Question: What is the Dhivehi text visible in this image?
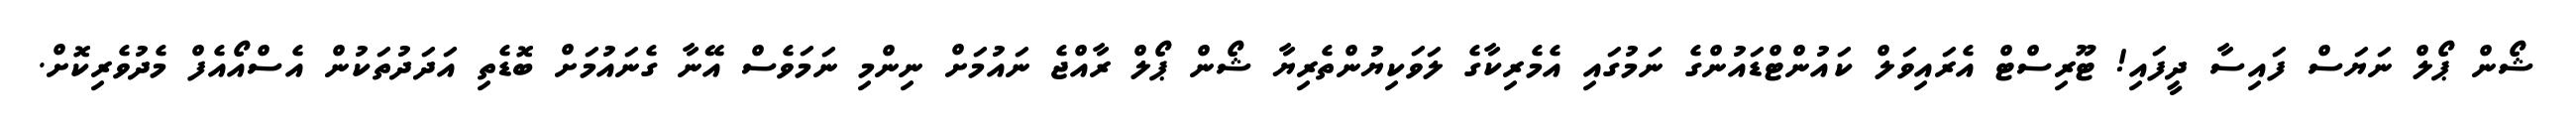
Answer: ޝޯން ޕޯލް ނަޔަސް ފައިސާ ދީފައި! ޓޫރިސްޓް އެރައިވަލް ކައުންޓްޑައުންގެ ނަމުގައި އެމެރިކާގެ ލަވަކިޔުންތެރިޔާ ޝޯން ޕޯލް ރާއްޖެ ނައުމަށް ނިންމި ނަމަވެސް އޭނާ ގެނައުމަށް ބޮޑެތި އަދަދުތަކުން އެސްއޯއެފް މެދުވެރިކޮށް.